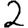
Digit: 2